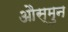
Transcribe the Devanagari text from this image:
औस्मुन